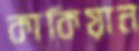
কাকিয়ান